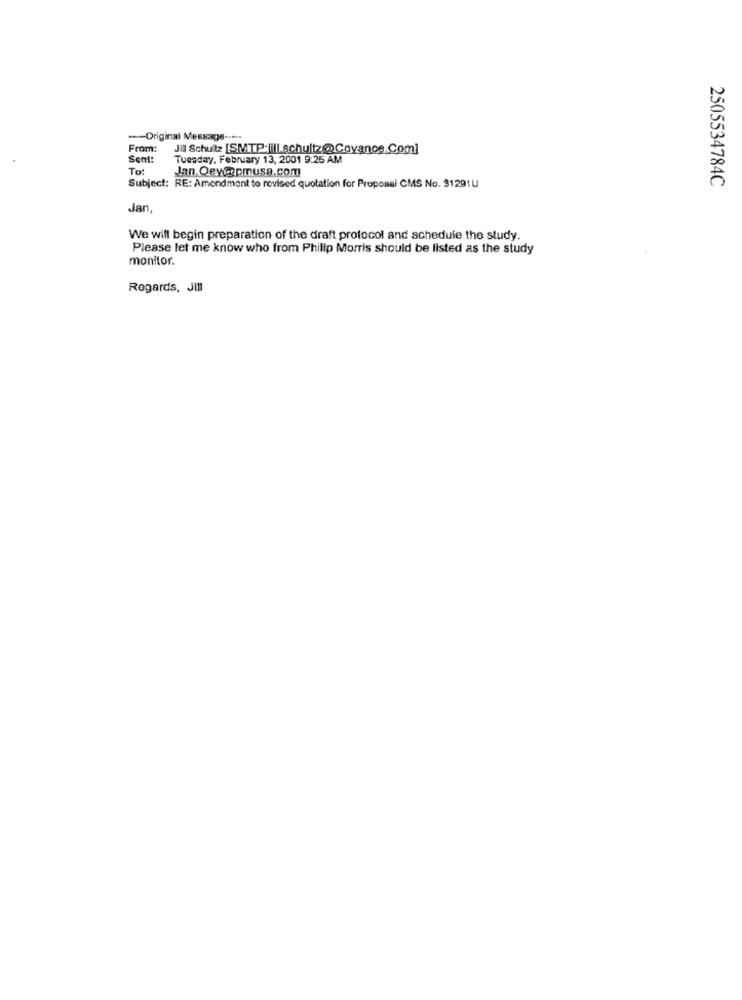
--- Original Message -....
From:
Jill Schultz [SMTP:[ill .schultz@Covance.Com]
Sent:
Tuesday, February 13, 2001 9:25 AM
Tot
Jan, Qey@pmusa.com
2505534784C
Subject: RE: Amendment to revised quotation for Proposal CMS No. 31291U
Jan
We will begin preparation of the draft protocol and schedule the study.
Please let me know who from Philip Morris should be listed as the study
monitor.
Regards, Jill